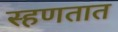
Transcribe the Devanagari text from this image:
स्हणतात